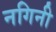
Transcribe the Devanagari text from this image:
नगिनी